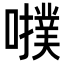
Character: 𡃒